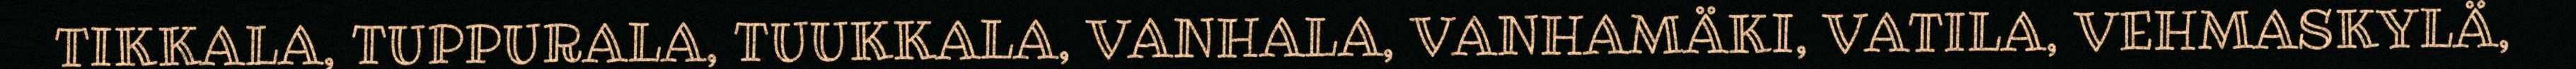
TIKKALA, TUPPURALA, TUUKKALA, VANHALA, VANHAMÄKI, VATILA, VEHMASKYLÄ,